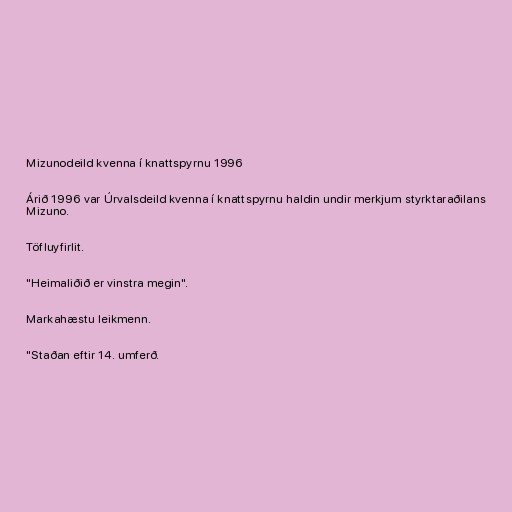
Mizunodeild kvenna í knattspyrnu 1996

Árið 1996 var Úrvalsdeild kvenna í knattspyrnu haldin undir merkjum styrktaraðilans
Mizuno.

Töfluyfirlit.

"Heimaliðið er vinstra megin".

Markahæstu leikmenn.

"Staðan eftir 14. umferð.